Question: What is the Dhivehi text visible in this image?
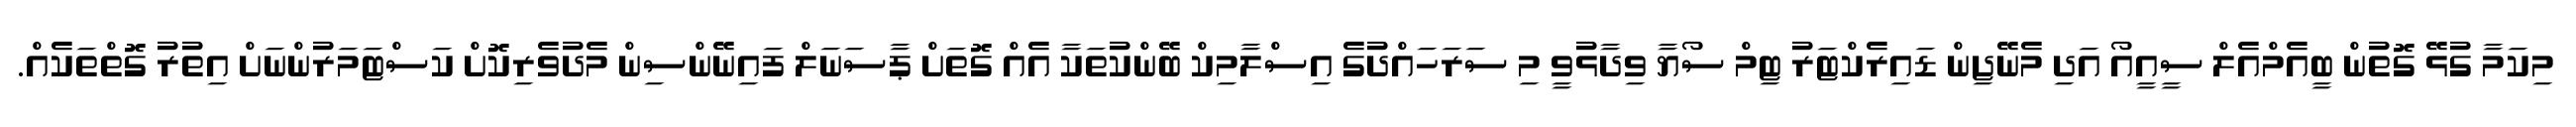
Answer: މިކަމާ ގުޅޭ ގޮތުން ބީއެމްއެލް ސީއީއޯ އަދި މެނޭޖިން ޑައިރެކްޓަރު ޓިމް ސޯޔާ ވިދާޅުވީ މި ސަރަހައްދުގެ އިސްލާމިކް ބޭންކުތަކާ އެއް ގޮތަށް ޕާސަނަލް ފައިނޭންސިން މެދުވެރިކޮށް ކަސްޓަމަރުންނަށް އިތުރު ގޮތްތަކެއް.